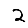
Digit: 2